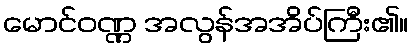
မောင်ဝဏ္ဏ အလွန်အအိပ်ကြီး၏။